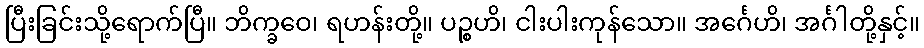
ပြီးခြင်းသို့ရောက်ပြီ။ ဘိက္ခဝေ၊ ရဟန်းတို့။ ပဉ္စဟိ၊ ငါးပါးကုန်သော။ အင်္ဂေဟိ၊ အင်္ဂါတို့နှင့်။